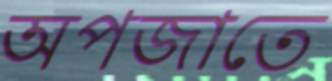
অপজাতে